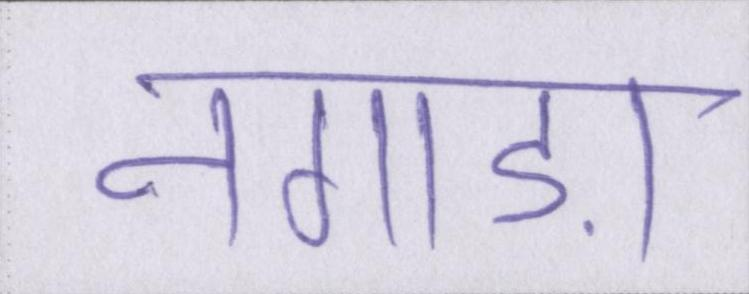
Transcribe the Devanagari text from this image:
नगाड़ा